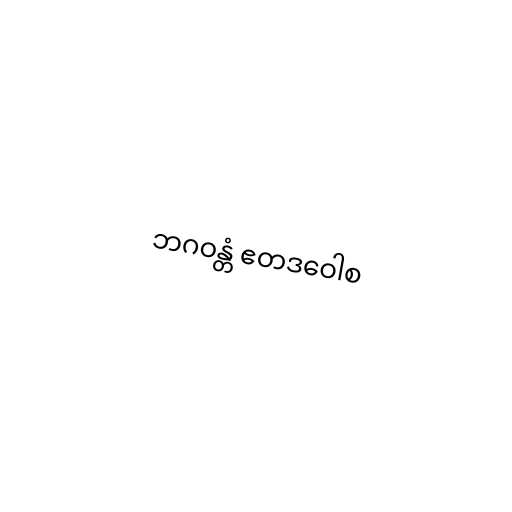
ဘဂဝန္တံ ဧတဒဝေါစ